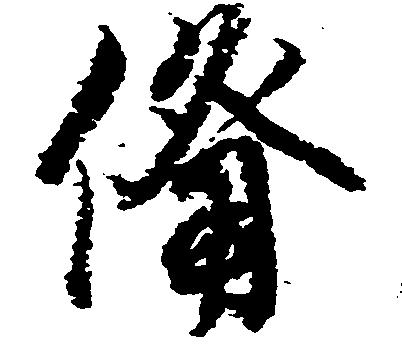
備